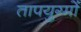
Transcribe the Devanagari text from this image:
तापयुग्मों